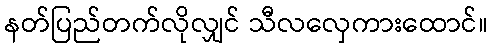
နတ်ပြည်တက်လိုလျှင် သီလလှေကားထောင်။